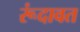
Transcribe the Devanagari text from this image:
रूंदावत